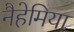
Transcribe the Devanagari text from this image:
नैहेमिया